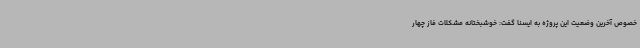
خصوص آخرین وضعیت این پروژه به ایسنا گفت: خوشبختانه مشکلات فاز چهار